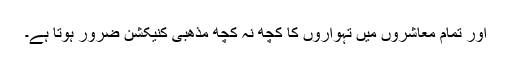
اور تمام معاشروں میں تہواروں کا کچھ نہ کچھ مذھبی کنیکشن ضرور ہوتا ہے۔